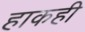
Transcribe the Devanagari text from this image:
हाकही